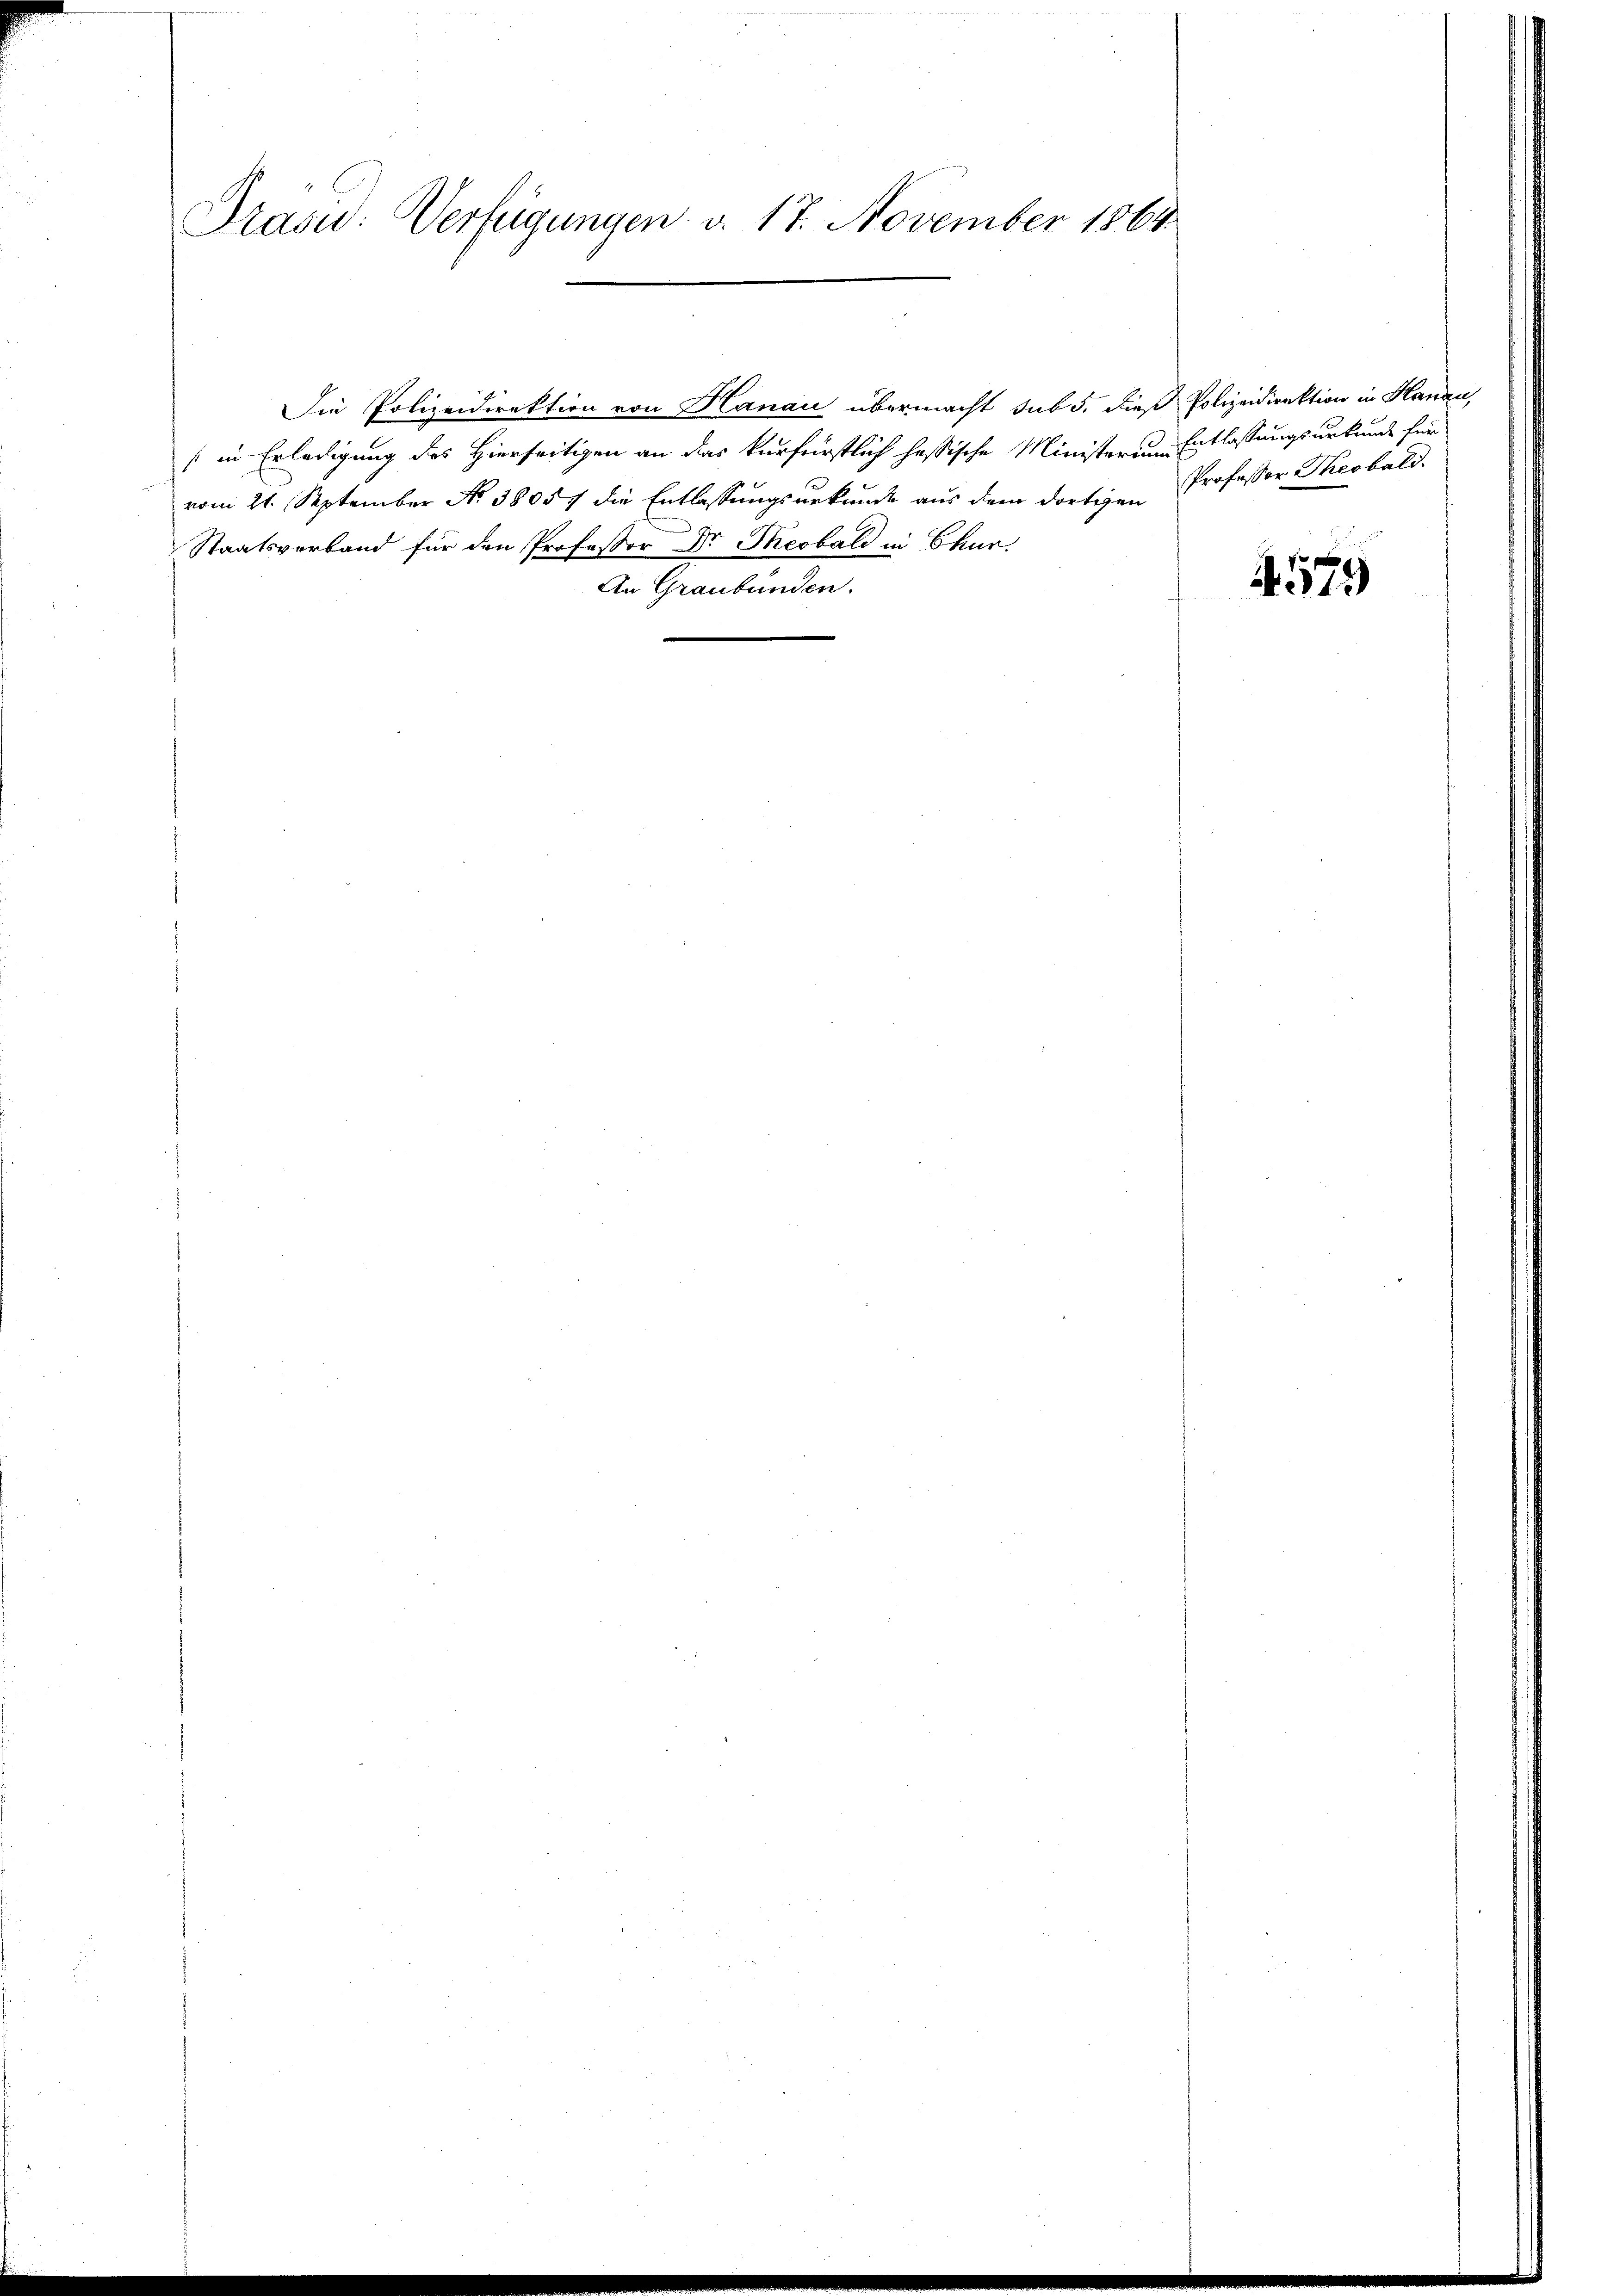
Frasu: Verfügungen d. 17. November 1868

Die Polizeidirektion von Hanau übermacht sub 5. dieß Polizeidirektion in Hanau,
(in Erledigung des Hierseitigen an das kurfürstlich hessische Ministerium Entlassungsurkunde für
vom 21. September No. 38057 die Entlassungsurkunde aus dem dortigen Professor Theobald.
Staatsverband für den Professor Dr. Theobald in Chur.
An Graubünden.

4579